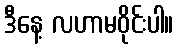
ဒီနေ့ လဟာမဝိုင်းပါ။